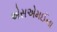
એસએમઈના